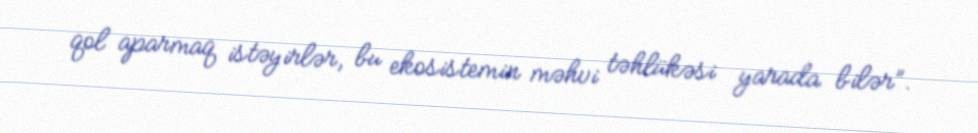
qol aparmaq istəyirlər, bu ekosistemin məhvi təhlükəsi yarada bilər”.